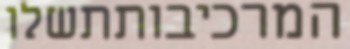
המרכיבותתשלו